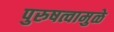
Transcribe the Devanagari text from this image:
पुरुषत्वामुळे